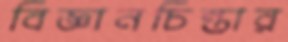
বিজ্ঞানচিন্তার